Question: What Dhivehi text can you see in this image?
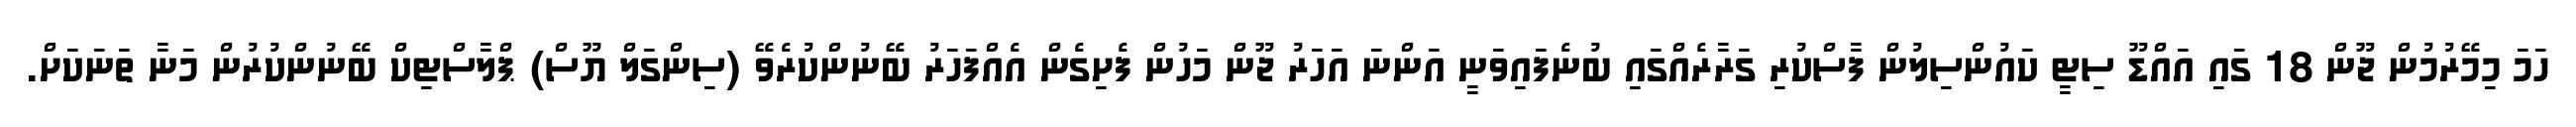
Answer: ހަމަ މިމޭރުމުން ޖޫން 18 ގައި އައްޑޫ ސިޓީ ކައުންސިލުން ފާސްކުރި ގަރާރެއްގައި ބުނެފައިވަނީ އަންނަ އަހަރު ޖޫން މަހުން ފެށިގެން އެއްފަހަރު ބޭނުންކުރެވޭ (ސިންގަލް ޔޫސް) ޕްލާސްޓިކް ބޭނުންކުރުން މަނާ ތަނަކަށް.